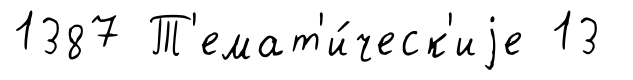
1387 Т'емат'и́ческ'иjе 13